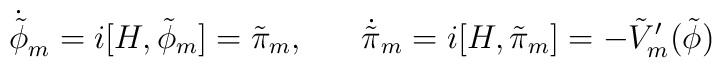
\dot{\tilde{\phi}}_{m} = i [H,\tilde{\phi}_{m}] = \tilde{\pi}_{m}, \; \; \; \; \; \; \dot{\tilde{\pi}}_{m} = i [H, \tilde{\pi}_{m}] = - \tilde{V}'_{m} (\tilde{\phi})